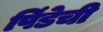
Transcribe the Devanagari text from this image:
पिंडेची